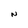
Character: N